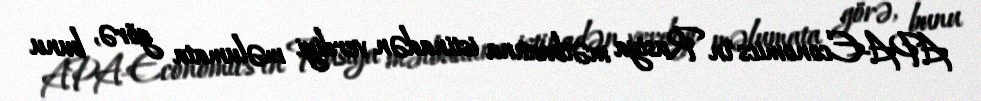
APA-Economics"in Rusiya mətbuatına istinadən verdiyi məlumata görə, bunu